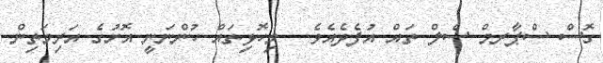
ގޮސް ސްޕާރމް ސެލް ތައް އުފެދެއެވެ.  މިހޮޅިތައް ހުންނަނީ އޮށުގެ އަރިމަތިން